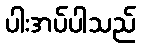
ပါးအပ်ပါသည်